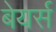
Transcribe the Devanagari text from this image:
बेयर्स